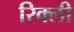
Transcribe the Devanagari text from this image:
रिक्ली